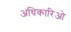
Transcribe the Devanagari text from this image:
अधिकारिओ